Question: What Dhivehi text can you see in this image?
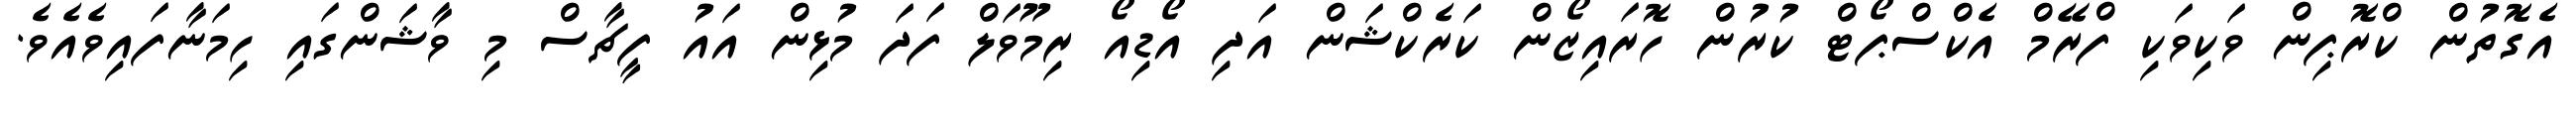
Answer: އެގޮތުން ކްރޮޕިން ވަކިވަކި ފްރޭމް އެކްސްޕޯޓް ކުރުން ހޮރައިޒޯން ކަރެކްޝަން އަދި އޯޑިއޯ ރިމޫވަލް ފަދަ މުޅިން އައު ފީޗާސް މި ވާޝަންގައި ހިމަނާފައިވެއެވެ.